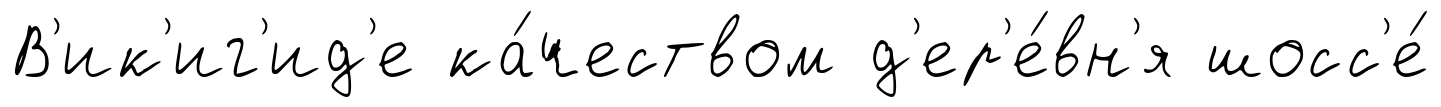
В'ик'иг'ид'е ка́чеством д'ер'е́вн'я шосс'е́